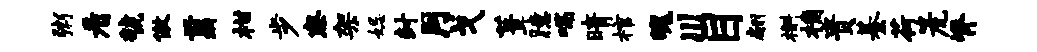
粥看虢傲翦柑步察架妃封月戈葺臆喘晴棺魄川目翩槲桷贵綦荷篪脊